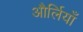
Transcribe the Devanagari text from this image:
और्लियाँ